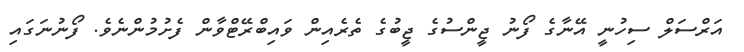
އަރްސަލް ސިހުނީ އޭނާގެ ފޯނު ޖީންސުގެ ޖީބުގެ ތެރެއިން ވައިބްރޭޓްވާން ފެށުމުންނެވެ. ފޯނުނަގައި